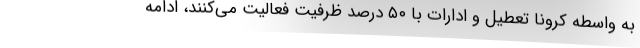
به واسطه کرونا تعطیل و ادارات با ۵۰ درصد ظرفیت فعالیت می‌کنند، ادامه